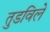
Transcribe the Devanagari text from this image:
तुडविले